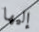
إليها